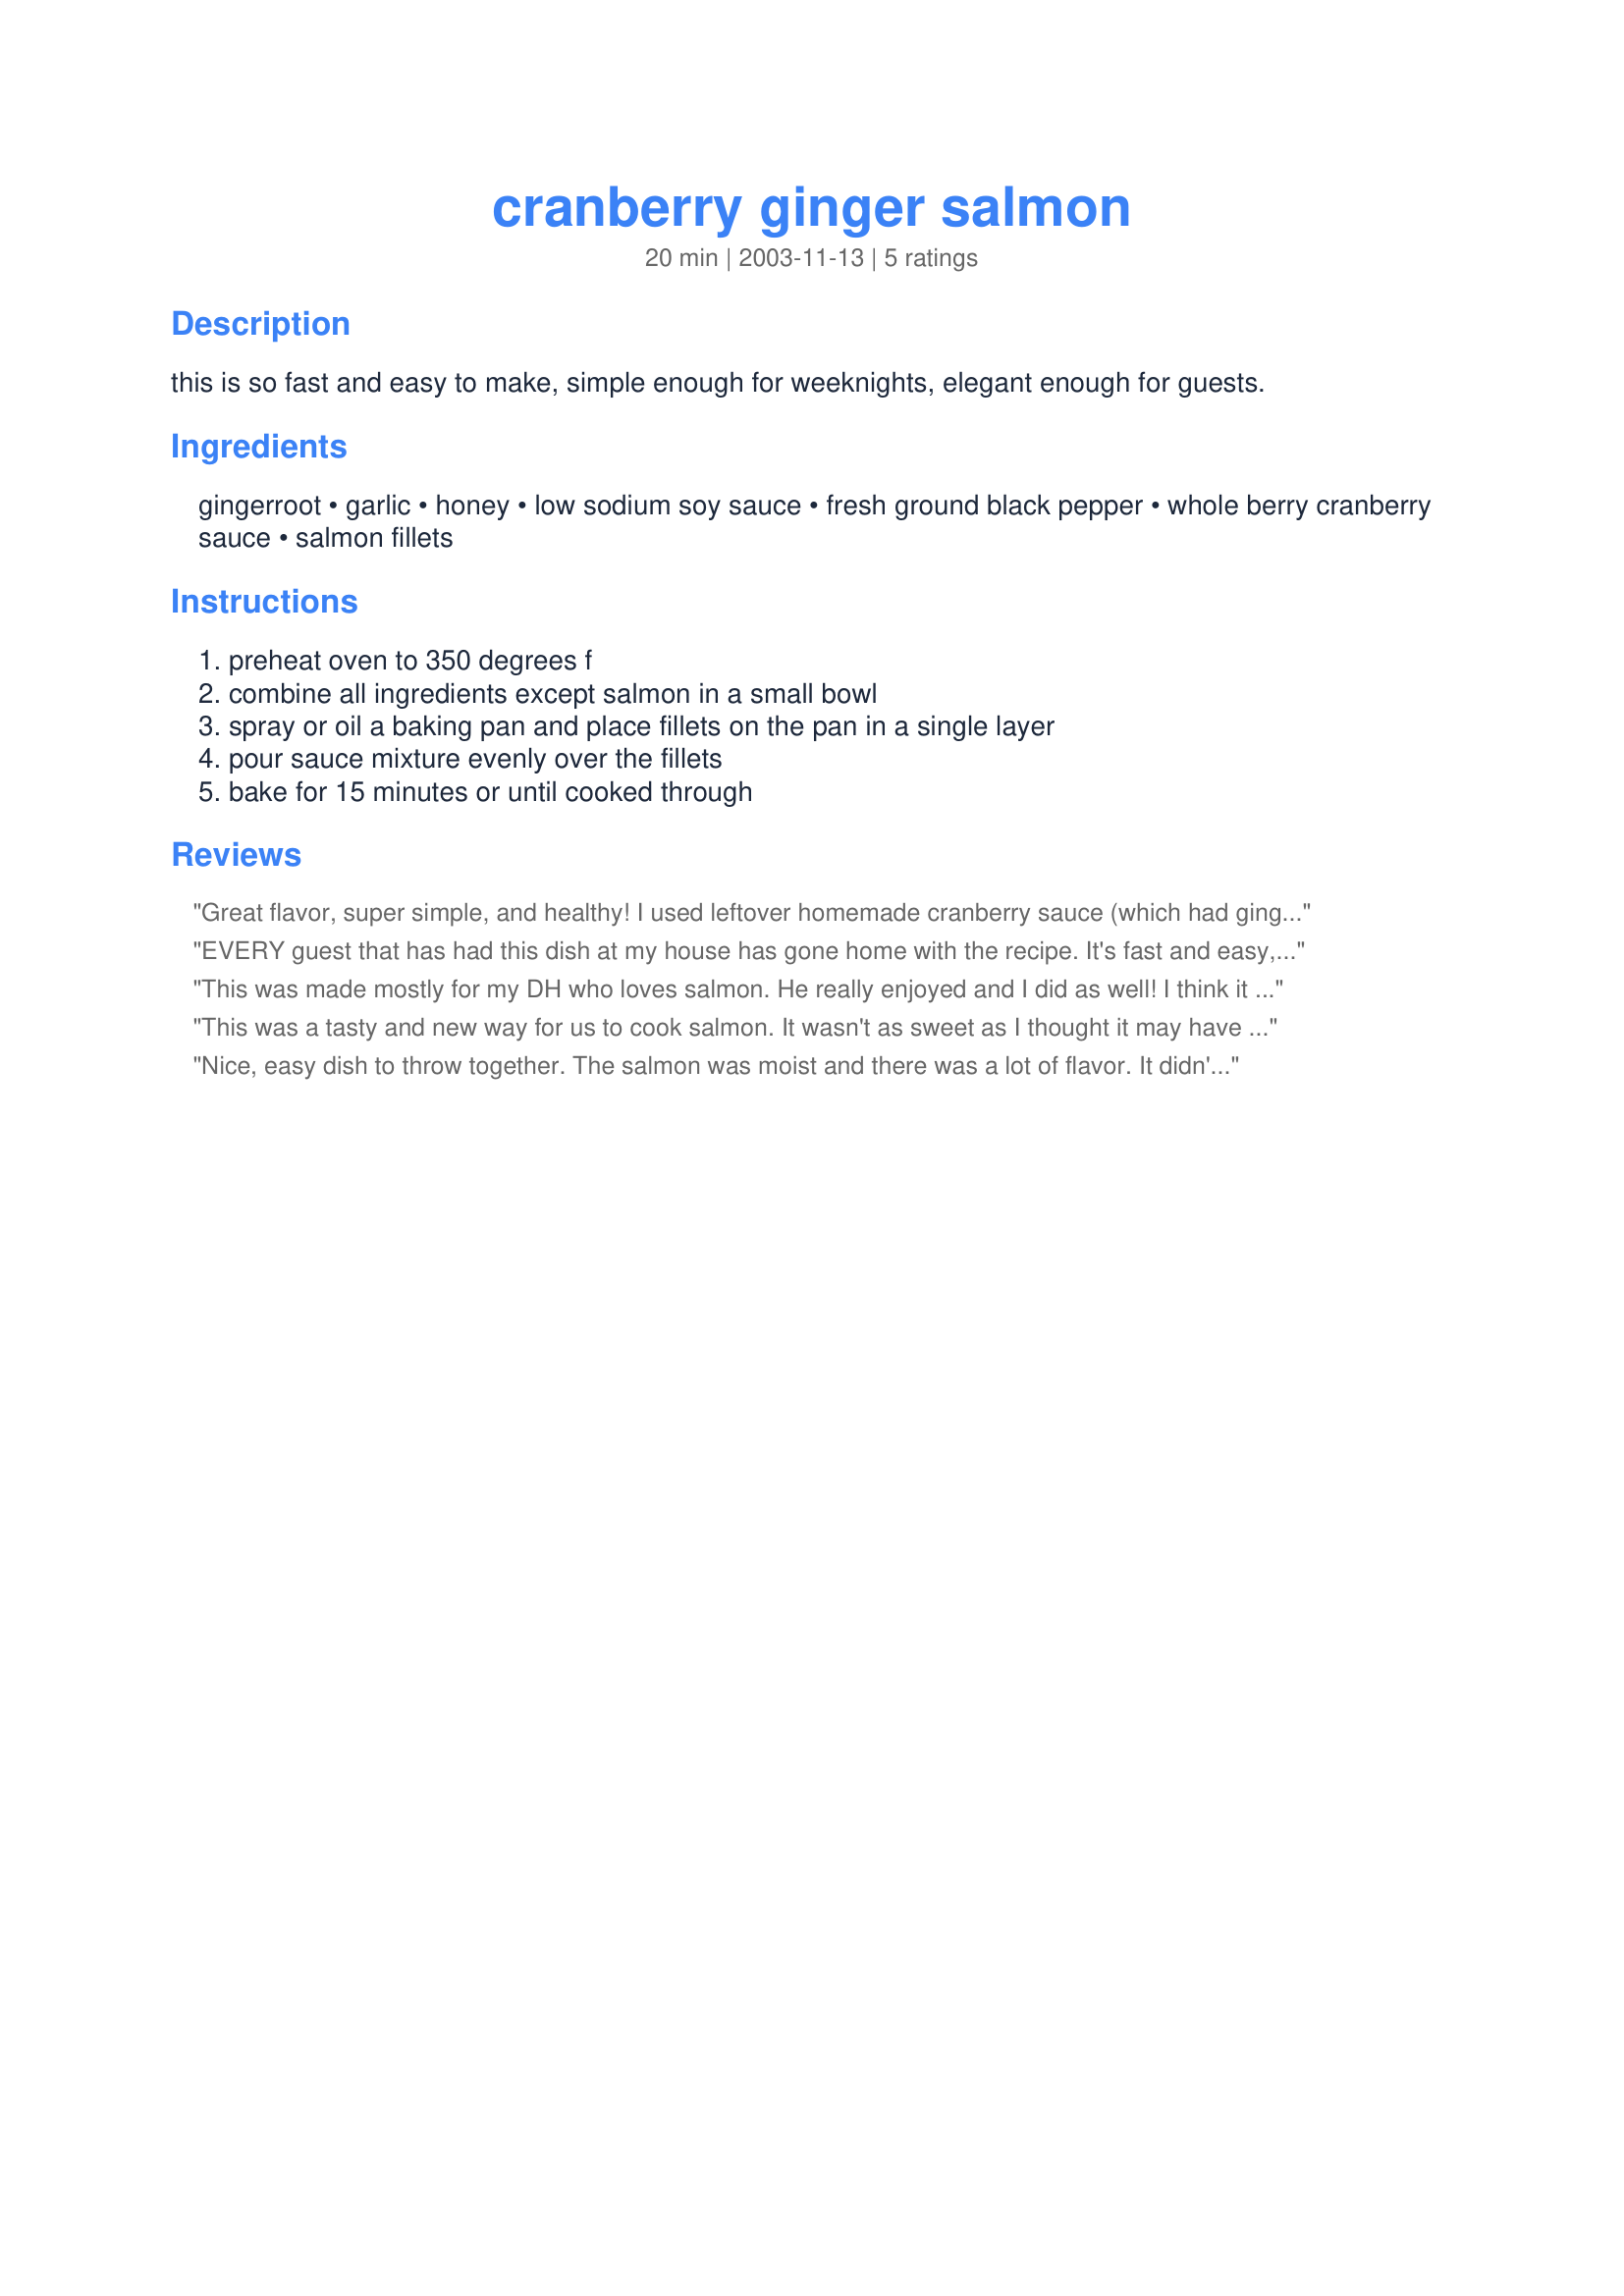
cranberry ginger salmon
Preparation time: 20 minutes

this is so fast and easy to make, simple enough for weeknights, elegant enough for guests.

Ingredients:
gingerroot, garlic, honey, low sodium soy sauce, fresh ground black pepper, whole berry cranberry sauce, salmon fillets

Steps:
preheat oven to 350 degrees f, combine all ingredients except salmon in a small bowl, spray or oil a baking pan and place fillets on the pan in a single layer, pour sauce mixture evenly over the fillets, bake for 15 minutes or until cooked through

Reviews:
Great flavor, super simple, and healthy! I used leftover homemade cranberry sauce (which had gingerale in it). Thanks!
EVERY guest that has had this dish at my house has gone home with the recipe. It's fast and easy, but it looks and tastes fantastic.
This was made mostly for my DH who loves salmon. He really enjoyed and I did as well! I think it was the cranberry sauce that I enjoyed with it! Made for ZWT4 for the Tastebud Tickling Travellers.
This was a tasty and new way for us to cook salmon. It wasn't as sweet as I thought it may have been and that was a good thing. I am sure we will make this again. Made for ZWT4.
Nice, easy dish to throw together. The salmon was moist and there was a lot of flavor. It didn't have as much of a ginger taste as expected though. Maybe it was overpowered a bit by the more predominant cranberry sauce.
